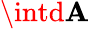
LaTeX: \intd\mathbf{A}